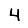
Digit: 4